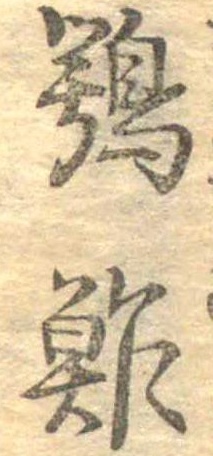
鶚酢